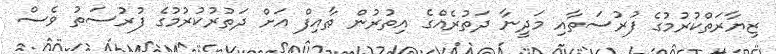
ޒިޔާރަތްކުރުމުގެ ފުރުސަތާއި މަދީނާ ދަތުރެއްގެ އިތުރުން ޠާއިފް އަށް ދަތުރުކުރުމުގެ ފުރުސަތު ވެސް